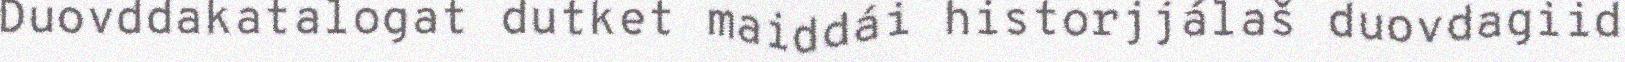
Duovddakatalogat dutket maiddái historjjálaš duovdagiid